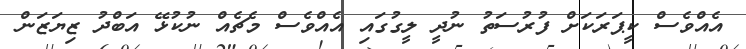
އެއްވެސް ކީޕަރަކަށް ފުރުސަތު ނުދީ ލީގުގައި އެއްވެސް މެޗެއް ނުކުޅޭ އަބްދު ޒިޔަޒަން